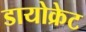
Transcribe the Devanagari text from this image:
डायोक्रेट